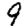
Digit: 9